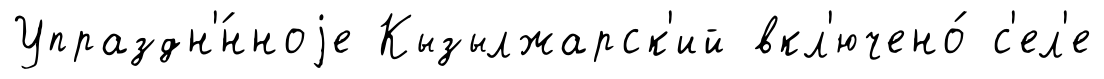
Упраздн'́нноjе Кызылжарск'ий вкл'ючено́ с'ел'е